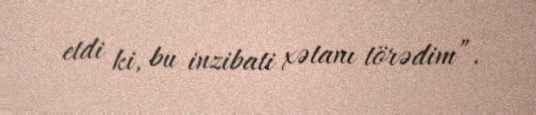
etdi ki, bu inzibati xətanı törədim”.